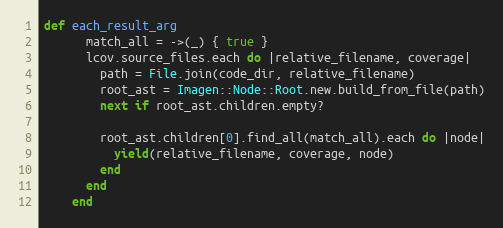
Language: Ruby
def each_result_arg
      match_all = ->(_) { true }
      lcov.source_files.each do |relative_filename, coverage|
        path = File.join(code_dir, relative_filename)
        root_ast = Imagen::Node::Root.new.build_from_file(path)
        next if root_ast.children.empty?

        root_ast.children[0].find_all(match_all).each do |node|
          yield(relative_filename, coverage, node)
        end
      end
    end